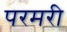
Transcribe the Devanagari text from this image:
परमरी